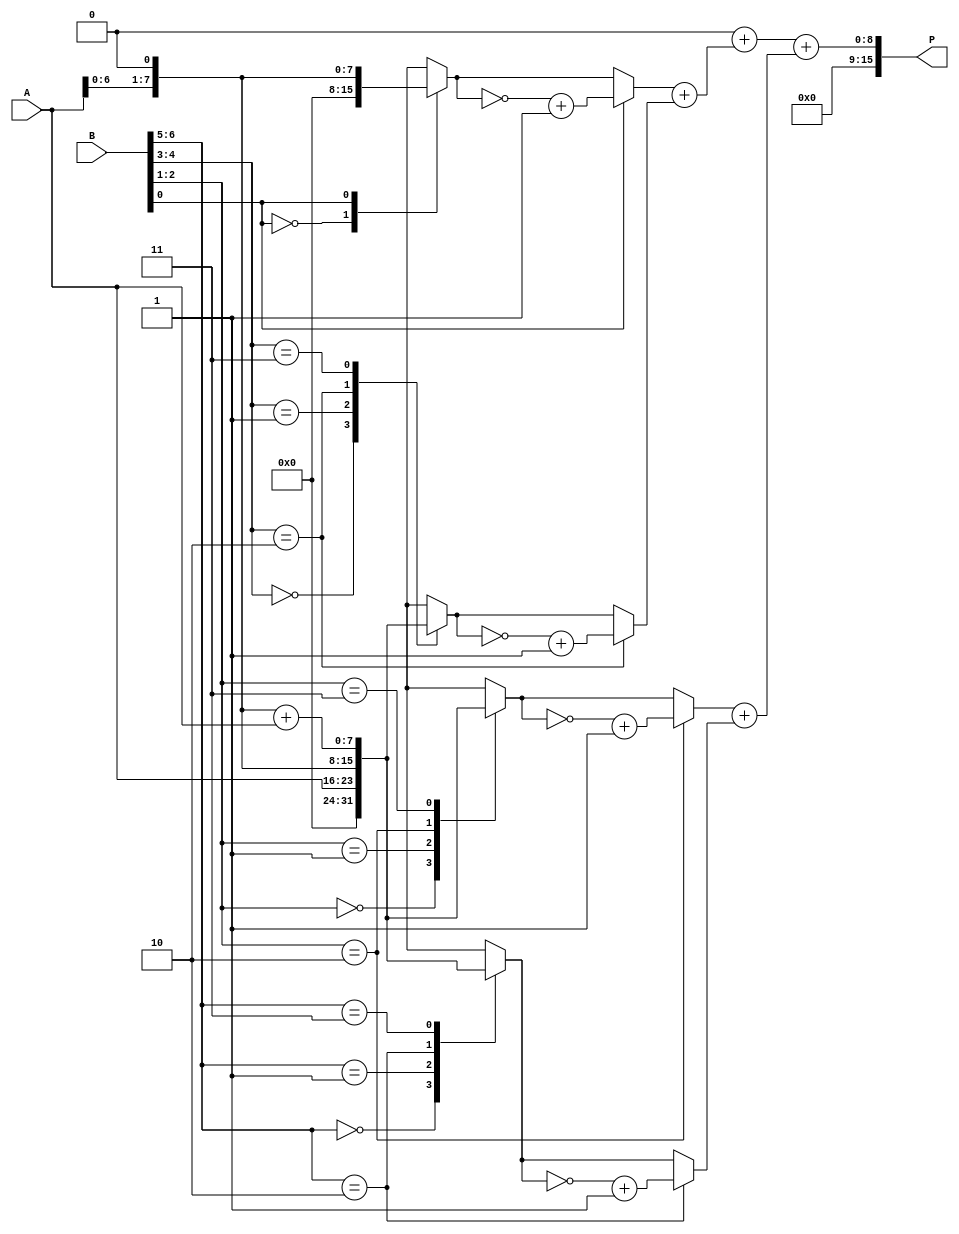
module radix4_multiplier #(parameter N = 8) (
    input [N-1:0] A,  // Multiplicand
    input [N-1:0] B,  // Multiplier
    output reg [2*N-1:0] P  // Product output
);

    reg [N+1:0] B_ext;       // Extended multiplier for sign handling
    reg [N-1:0] partial[0:2];  // Partial products
    reg [N+1:0] pp[0:4];     // Partial product storage
    reg [N:0] sum;           // Sum for accumulation
    integer i;

    // Initial block for product and partial product generation
    always @(*) begin
        // Zeroing product
        P = 0;

        // Extend B for negative handling
        B_ext = {1'b0, B, 1'b0};  // Extend B to N+2 bits

        // Generate partial products based on modified Booth encoding
        for (i = 0; i < N; i = i + 2) begin
            case (B_ext[i+1:i])
                2'b00: pp[i/2] = 0;                          // encoded value 0
                2'b01: pp[i/2] = {1'b0, A};                  // encoded value 1 => A
                2'b10: pp[i/2] = {1'b0, A, 1'b0};            // encoded value 2 => A << 1
                2'b11: pp[i/2] = {1'b0, A, 1'b0} + {1'b0, A}; // encoded value 3 => A << 1 + A
                default: pp[i/2] = 0;                         // This will never be hit
            endcase
            
            // Negative values
            case (B_ext[i+1:i])
                2'b10: pp[i/2] = ~pp[i/2] + 1;              // -A (2'b10)
                2'b11: pp[i/2 + 1] = ~pp[i/2 + 1] + 1;      // -2A (2'b11)
            endcase
        end

        // Initialize the first stage of partial products as zeros
        for (i = 0; i < 2; i = i + 1) begin
            partial[i] = pp[i];
            partial[i] = partial[i] + pp[i + 2];
        end
        
        // Accumulate partial products
        sum = 0;
        for (i = 0; i < 2; i = i + 1) begin
            sum = sum + partial[i];
        end
        
        // Assign accumulated sum to product output
        P = sum;
    end
endmodule